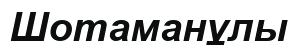
Шотаманұлы